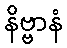
နိဗ္ဗာနံ